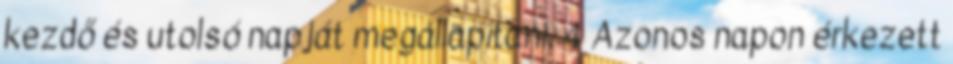
kezdő és utolsó napját megállapítani. 4 Azonos napon érkezett